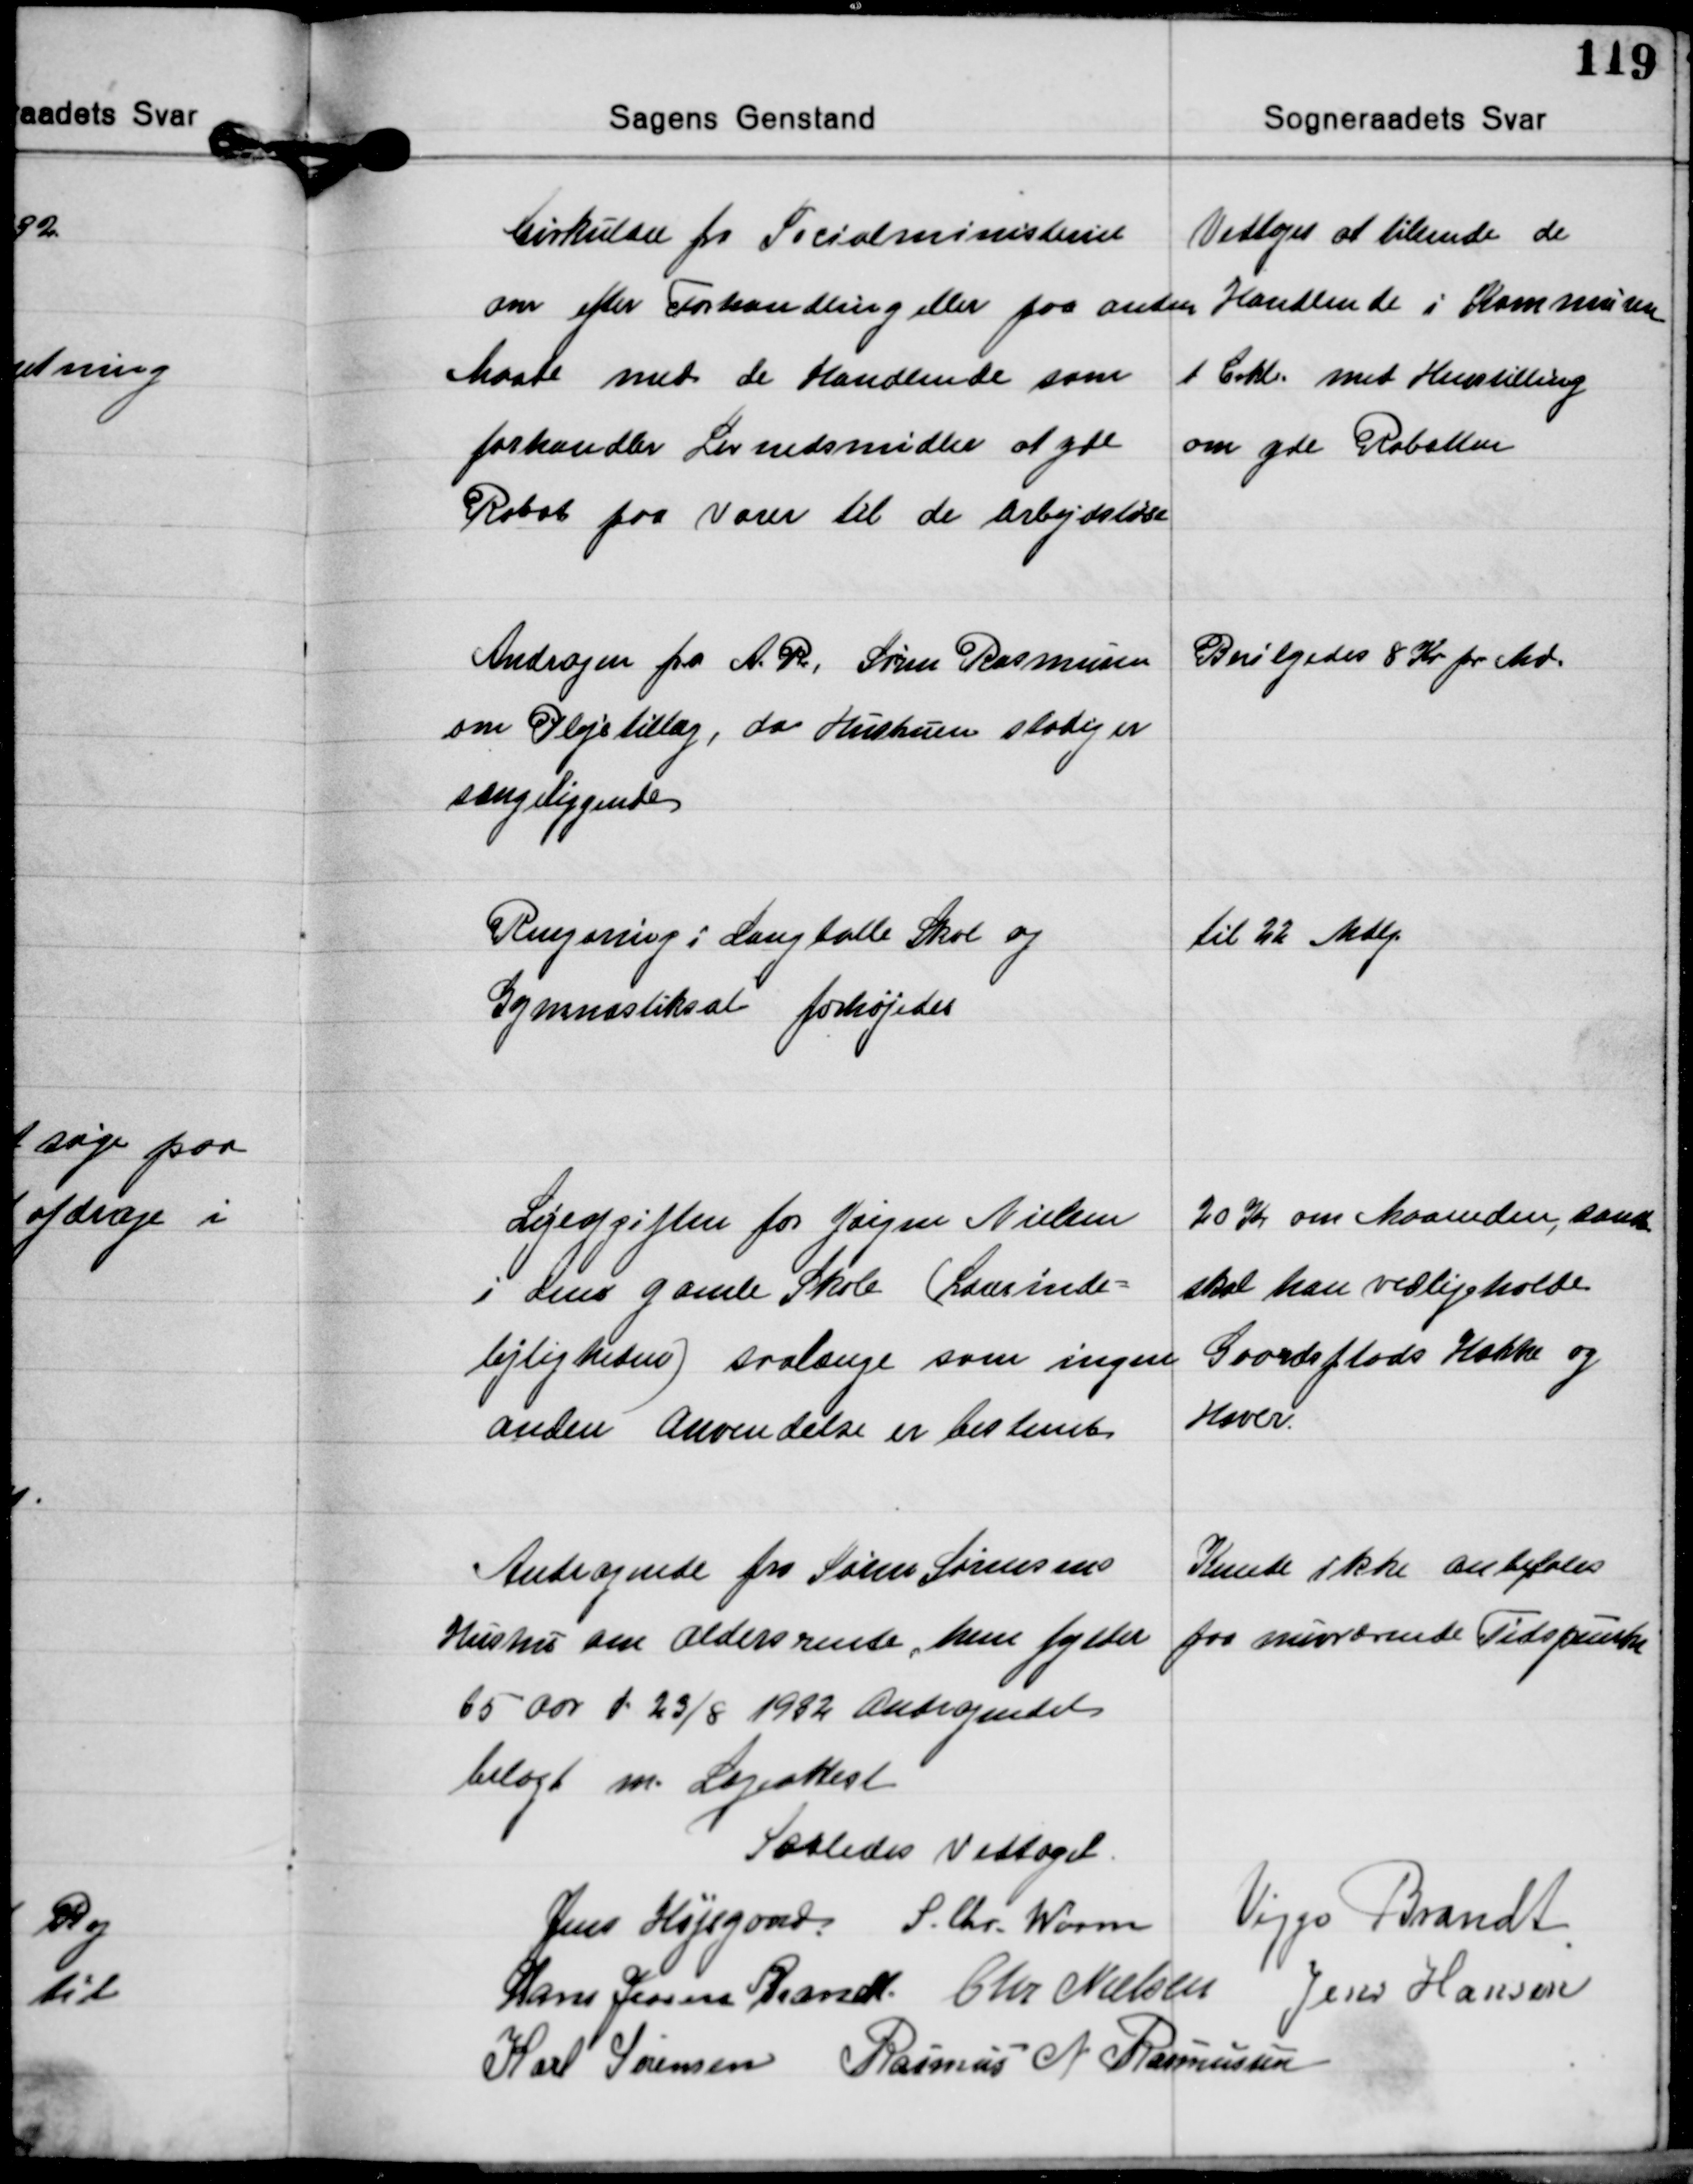
Transskription:
Cirkulære fra Socialministeriet
om efter Forhandling eller paa anden
Maade med de Handlende som
forhandler Levnedsmidler at yde
Rabat paa Varer til de arbejdsløse

Vedtoges at tilsende de
Handlende i Kommunen
Crkl. med Henstilling
om yde Rabatten

Andragen fra A R, Søren Rasmussen
om Plejetillæg, da Hustruen stodig er
sængeliggende

Bevilgedes 8 Kr pr Md.

Rengøring i Langtalle Skol og
Gymnastiksat forhøjedes

til 22 Mdlg.

Lyjeofgiften for Jørgen Nielsen
i Lens gamle Skole (Lævrinde=
lejligheden) saalænge som ingen
anden Anvendelse er bestemt

20 Kr om Maaneden, sam
skal han vedligeholde
Goordsflods Hække og
Hsver.

Andragende fra Søren Sørensens
Hustru om Aldersrente, hu fylder
65 aor d 23/8 1932 Andragendet
belagt m. Lageakest

Kute ikke anbefales
for nuvrærende Tidspærke

Saaledes Vedtaget.
Jens Højsgaard S. Chr. Worm Vijgo Brandt
Hans Jensen Grand Chr Nielsen Jens Hansen
Karl Sørensen Rasmus N Rasmussen